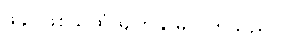
ဖခင်ဖြစ်သူထံ မျက်နှာမူလိုက်သည်။